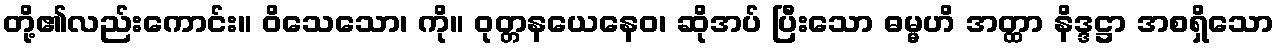
တို့၏လည်းကောင်း။ ဝိသေသော၊ ကို။ ဝုတ္တနယေနေဝ၊ ဆိုအပ် ပြီးသော ဓမ္မဟိ အတ္ထာ နိဒ္ဒဋ္ဌာ အစရှိသော